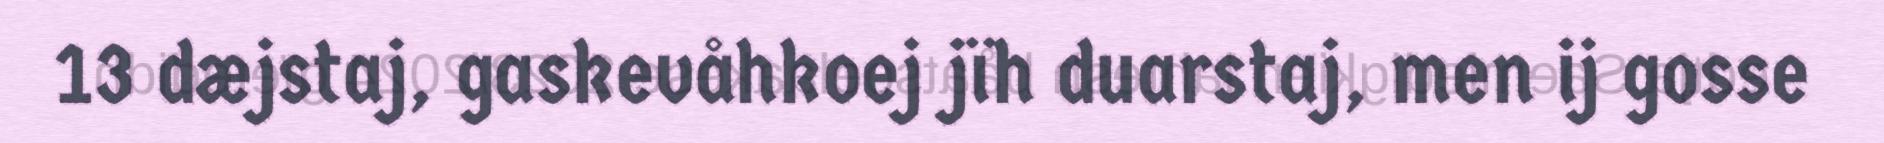
13 dæjstaj, gaskevåhkoej jïh duarstaj, men ij gosse